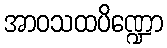
အာဝသထပိဏ္ဍော